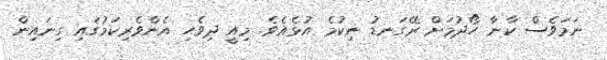
ނަމަވެސް ކާނާ ހޯދުމަށް ރޭގަނޑު ނިކުމެ އުޅެއެވެ. މިއީ ދިވެހި އެންވެރިކަމުގައި ގިނައިން